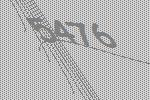
5476